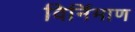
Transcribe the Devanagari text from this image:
विर्निमाण